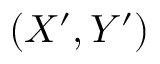
( X ^ { \prime } , Y ^ { \prime } )